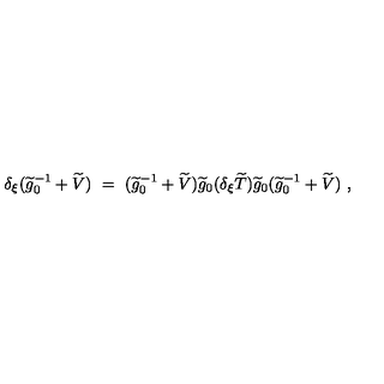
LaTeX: \delta _ { \xi } ( \widetilde g _ { 0 } ^ { - 1 } + \widetilde V ) \ = \ ( \widetilde g _ { 0 } ^ { - 1 } + \widetilde V ) \widetilde g _ { 0 } ( \delta _ { \xi } \widetilde T ) \widetilde g _ { 0 } ( \widetilde g _ { 0 } ^ { - 1 } + \widetilde V ) \ ,